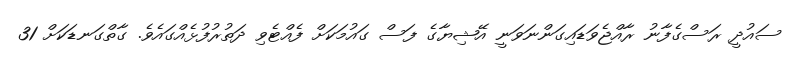
ސައުދީ ރަސްގެފާނު ރާއްޖެވަޑައިގަންނަވަނީ އޭޝިޔާގެ ފަސް ގައުމަކަށް ފެއްޓެވި ދަތުރުފުޅެއްގައެވެ. ގާތްގަނޑަކަށް 31